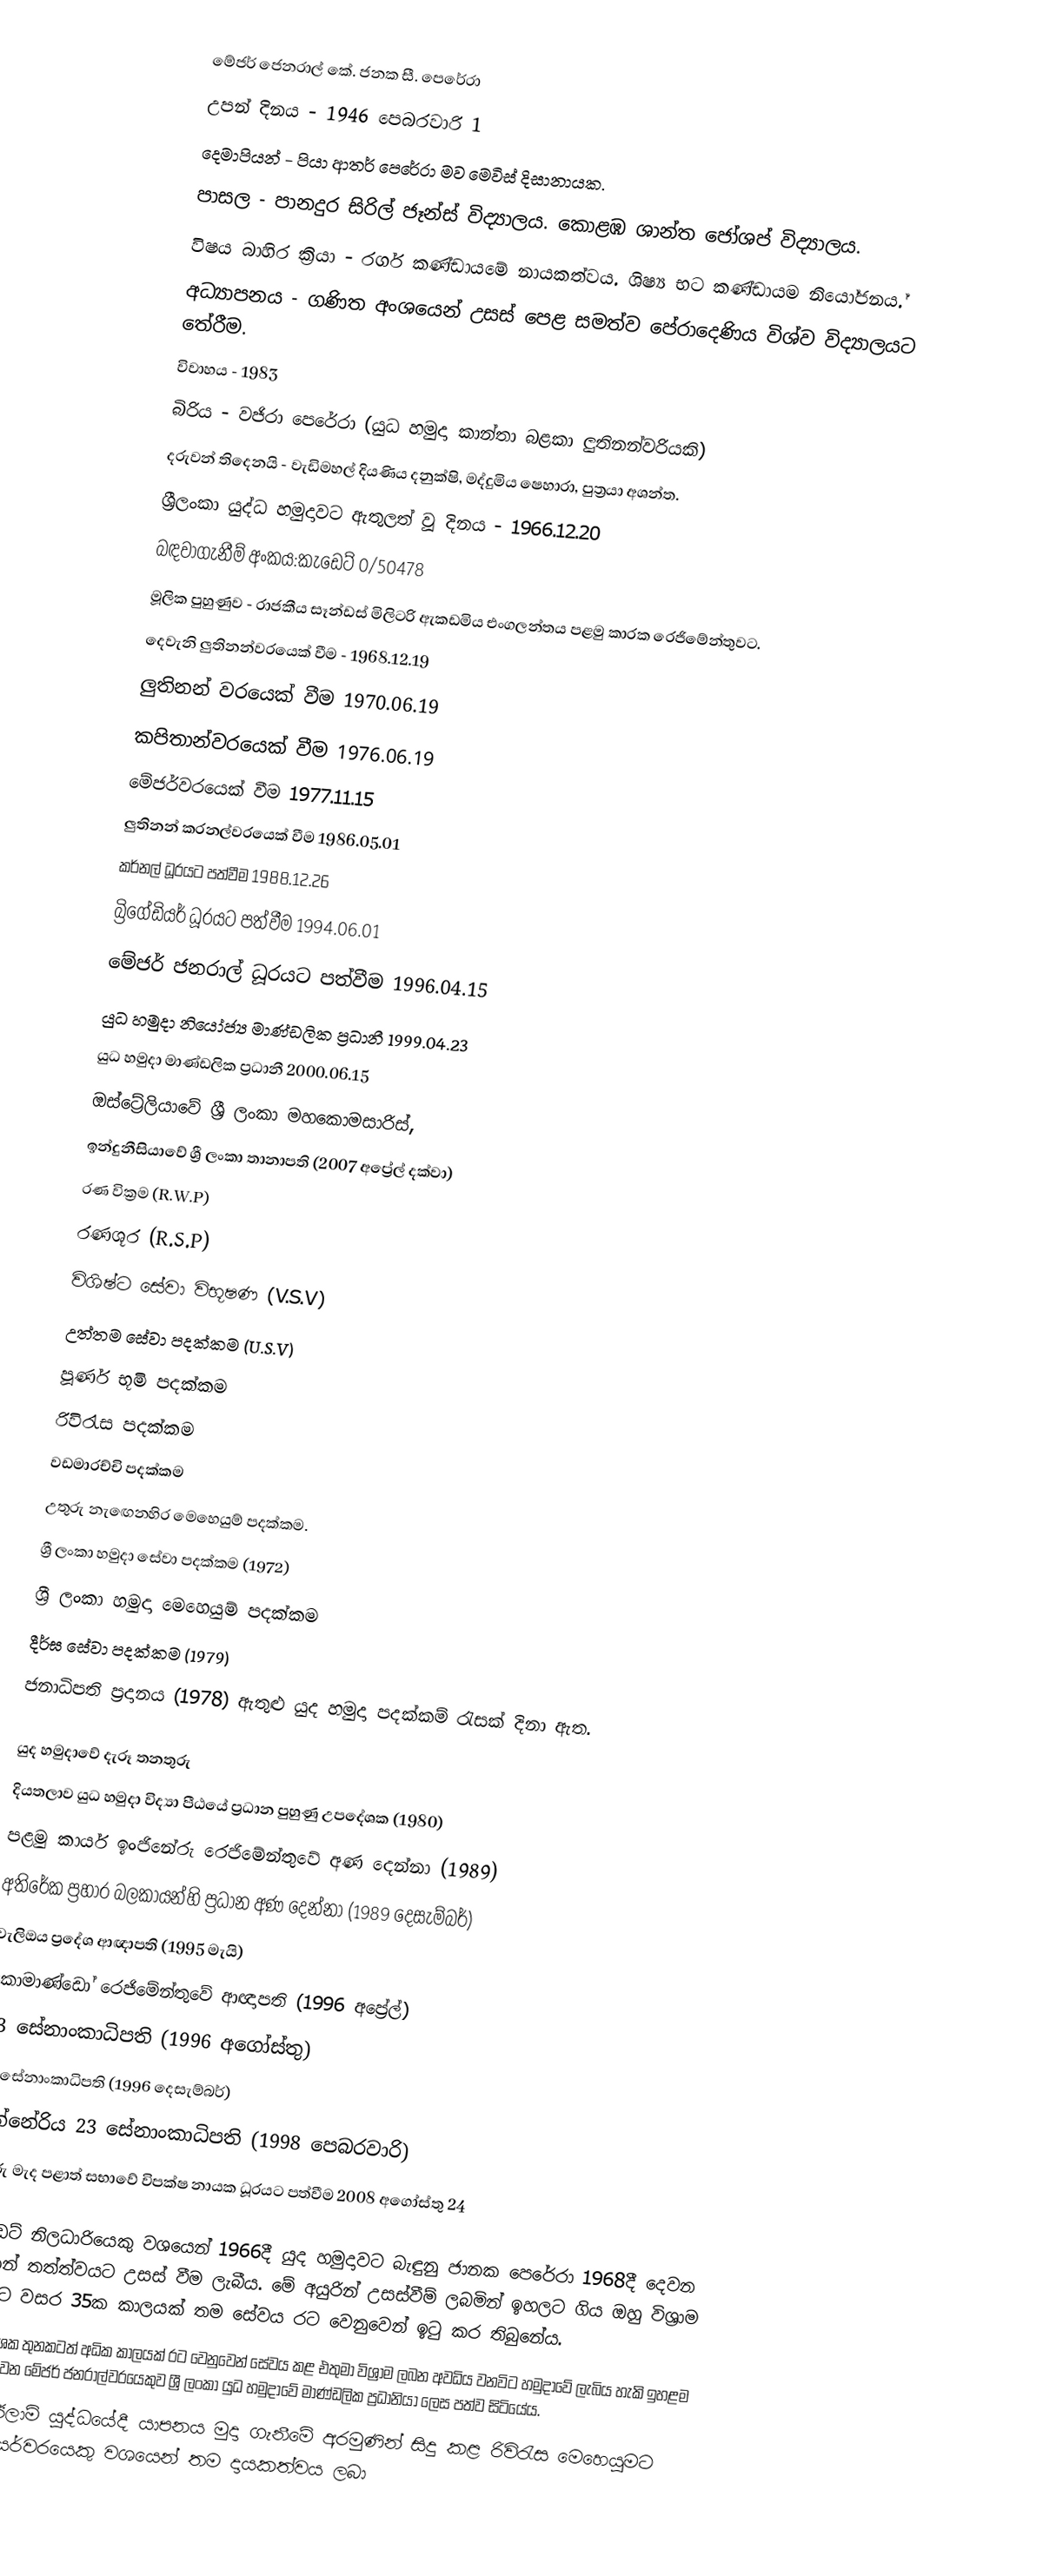
මේජර් ජෙනරාල් කේ. ජනක සී. පෙරේරා
උපන් දිනය  -  1946 පෙබරවාරි 1
දෙමාපියන්   -  පියා ආතර් පෙරේරා   මව මෙවිස් දිසානායක.
පාසල          - පානදුර සිරිල් ජෑන්ස් විද්‍යාලය. කොළඹ ශාන්ත ජෝශප් විද්‍යාලය.
විෂය බාහිර ක්‍රියා - රගර් කණ්ඩායමේ නායකත්වය. ශිෂ්‍ය භට කණ්ඩායම නියෝජනය.්‍
අධ්‍යාපනය - ගණිත අංශයෙන් උසස් පෙළ සමත්ව  පේරාදෙණිය විශ්ව විද්‍යාලයට තේරීම.
විවාහය - 1983
බිරිය - වජිරා පෙරේරා (යුධ හමුදා කාන්තා බළකා ලුතිනන්වරියකි)
දරුවන් තිදෙනයි - වැඩිමහල් දියණිය දනුක්ෂි, මද්දුමිය ෂෙහාරා, පුත්‍රයා අශන්ත.
ශ්‍රීලංකා යුද්ධ හමුදාවට ඇතුලත් වූ දිනය  - 1966.12.20
බඳවාගැනීම් අංකය:කැඩෙට් 0/50478
මූලික පුහුණුව - රාජකීය සෑන්ඩස් මිලිටරි ඇකඩමිය එංගලන්තය පළමු කාරක රෙජිමේන්තුවට.
දෙවැනි ලුතිනන්වරයෙක් වීම - 1968.12.19
ලුතිනන් වරයෙක් වීම 1970.06.19
කපිතාන්වරයෙක් වීම 1976.06.19
මේජර්වරයෙක් වීම 1977.11.15
ලුතිනන් කරනල්වරයෙක් වීම 1986.05.01
කර්නල් ධූරයට පත්වීම 1988.12.26
බ්‍රිගේඩියර් ධූරයට පත්වීම 1994.06.01
මේජර් ජනරාල් ධූරයට පත්වීම 1996.04.15
යුධ හමුදා නියෝජ්‍ය මාණ්ඩලික ප්‍රධානී 1999.04.23
යුධ හමුදා මාණ්ඩලික ප්‍රධානී  2000.06.15
ඔස්ට්‍රේලියාවේ ශ්‍රී ලංකා මහකොමසාරිස්,
ඉන්දුනීසියාවේ ශ්‍රී ලංකා තානාපති (2007 අප්‍රේල් දක්වා)
රණ වික්‍රම (R.W.P)
රණශූර (R.S.P)
විශිෂ්ට සේවා විභූෂණ (V.S.V)
උත්තම සේවා පදක්කම (U.S.V)
පූර්ණ භූමි පදක්කම
රිවිරැස පදක්කම
වඩමාරච්චි පදක්කම
උතුරු නැඟෙනහිර මෙහෙයුම් පදක්කම.
ශ්‍රී ලංකා හමුදා සේවා පදක්කම (1972)
ශ්‍රී ලංකා හමුදා මෙහෙයුම් පදක්කම
දීර්ඝ සේවා පදක්කම (1979)
ජනාධිපති ප්‍රදානය (1978) ඇතුළු යුද හමුදා පදක්කම් රැසක් දිනා ඇත.

යුද හමුදාවේ දැරූ තනතුරු
දියතලාව යුධ හමුදා විද්‍යා පීඨයේ ප්‍රධාන පුහුණු උපදේශක (1980)
පළමු කාර්ය ඉංජිනේරු රෙජිමේන්තුවේ අණ දෙන්නා  (1989)
අතිරේක ප්‍රහාර බලකායන්හි ප්‍රධාන අණ දෙන්නා (1989 දෙසැම්බර්)
වැලිඔය ප්‍රදේශ ආඥාපති (1995 මැයි)
කොමාණ්ඩෝ රෙජිමේන්තුවේ ආඥාපති (1996 අප්‍රේල්)
53 සේනාංකාධිපති (1996 අගෝස්තු)
51 සේනාංකාධිපති (1996 දෙසැම්බර්)
මින්නේරිය 23 සේනාංකාධිපති (1998 පෙබරවාරි)
උතුරු මැද පළාත් සභාවේ විපක්ෂ නායක ධූරයට පත්වීම 2008 අගෝස්තු  24

කැඩෙට් නිලධාරියෙකු වශයෙන් 1966දී යුද හමුදාවට බැඳුනු ජානක පෙරේරා 1968දී  දෙවන ලුතිනන් තත්ත්වයට උසස් වීම ලැබීය. මේ අයුරින් උසස්වීම් ලබමින් ඉහලට ගිය ඔහු විශ්‍රාම යනවිට වසර 35ක කාලයක් තම සේවය රට වෙනුවෙන් ඉටු කර තිබුනේය.
මෙසේ දශක තුනකටත් අධික කාලයක් රට වෙනුවෙන් සේවය කළ එතුමා විශ්‍රාම ලබන අවධිය වනවිට හමුදාවේ ලැබිය හැකි ඉහළම තනතුරක්වන මේජර් ජනරාල්වරයෙකුව ශ්‍රී ලංකා යුධ හමුදාවේ මාණ්ඩලික ප්‍රධානියා ලෙස පත්ව සිටියේය.
3වන ඊලාම් යුද්ධයේදී යාපනය මුදා ගැනීමේ අරමුණින් සිදු කළ රිවිරැස මෙහෙයුමට බ්‍රිගේඩියර්වරයෙකු වශයෙන් තම දායකත්වය ලබා